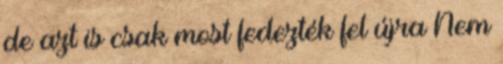
de azt is csak most fedezték fel újra Nem